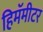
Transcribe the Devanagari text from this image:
हिमॅमीटर